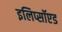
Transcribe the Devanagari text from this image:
इलिप्सॉएड